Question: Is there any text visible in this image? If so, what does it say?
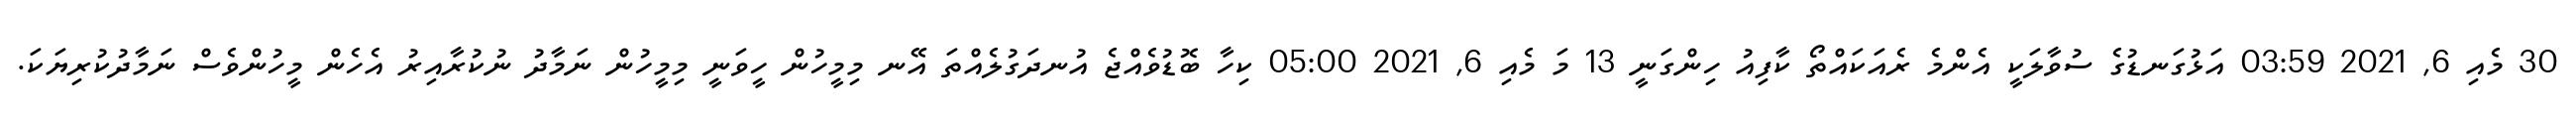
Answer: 30 މެއި 6, 2021 03:59 އަޅުގަނޑުގެ ސުވާލަކީ އެންމެ ރެއަކައްތޯ ކާފިއު ހިންގަނީ 13 މަ މެއި 6, 2021 05:00 ކިހާ ބޮޑުވެއްޖެ އުނދަގުލެއްތަ އޭނ މިމީހުން ހީވަނީ މިމީހުން ނަމާދު ނުކުރާއިރު އެހެން މީހުންވެސް ނަމާދުކުރިޔަކަ.